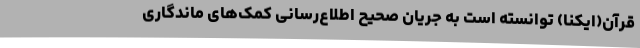
قرآن(ایکنا) توانسته است به جریان صحیح اطلاع‌رسانی کمک‌های ماندگاری